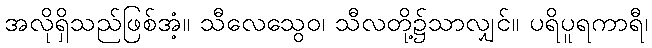
အလိုရှိသည်ဖြစ်အံ့။ သီလေသွေဝ၊ သီလတို့၌သာလျှင်။ ပရိပူရကာရီ၊